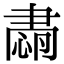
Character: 𦘡